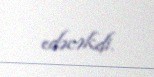
edəcəkdi.